EELK_Tartu_Peetri_kogudus_(kirikutahed), lk 149
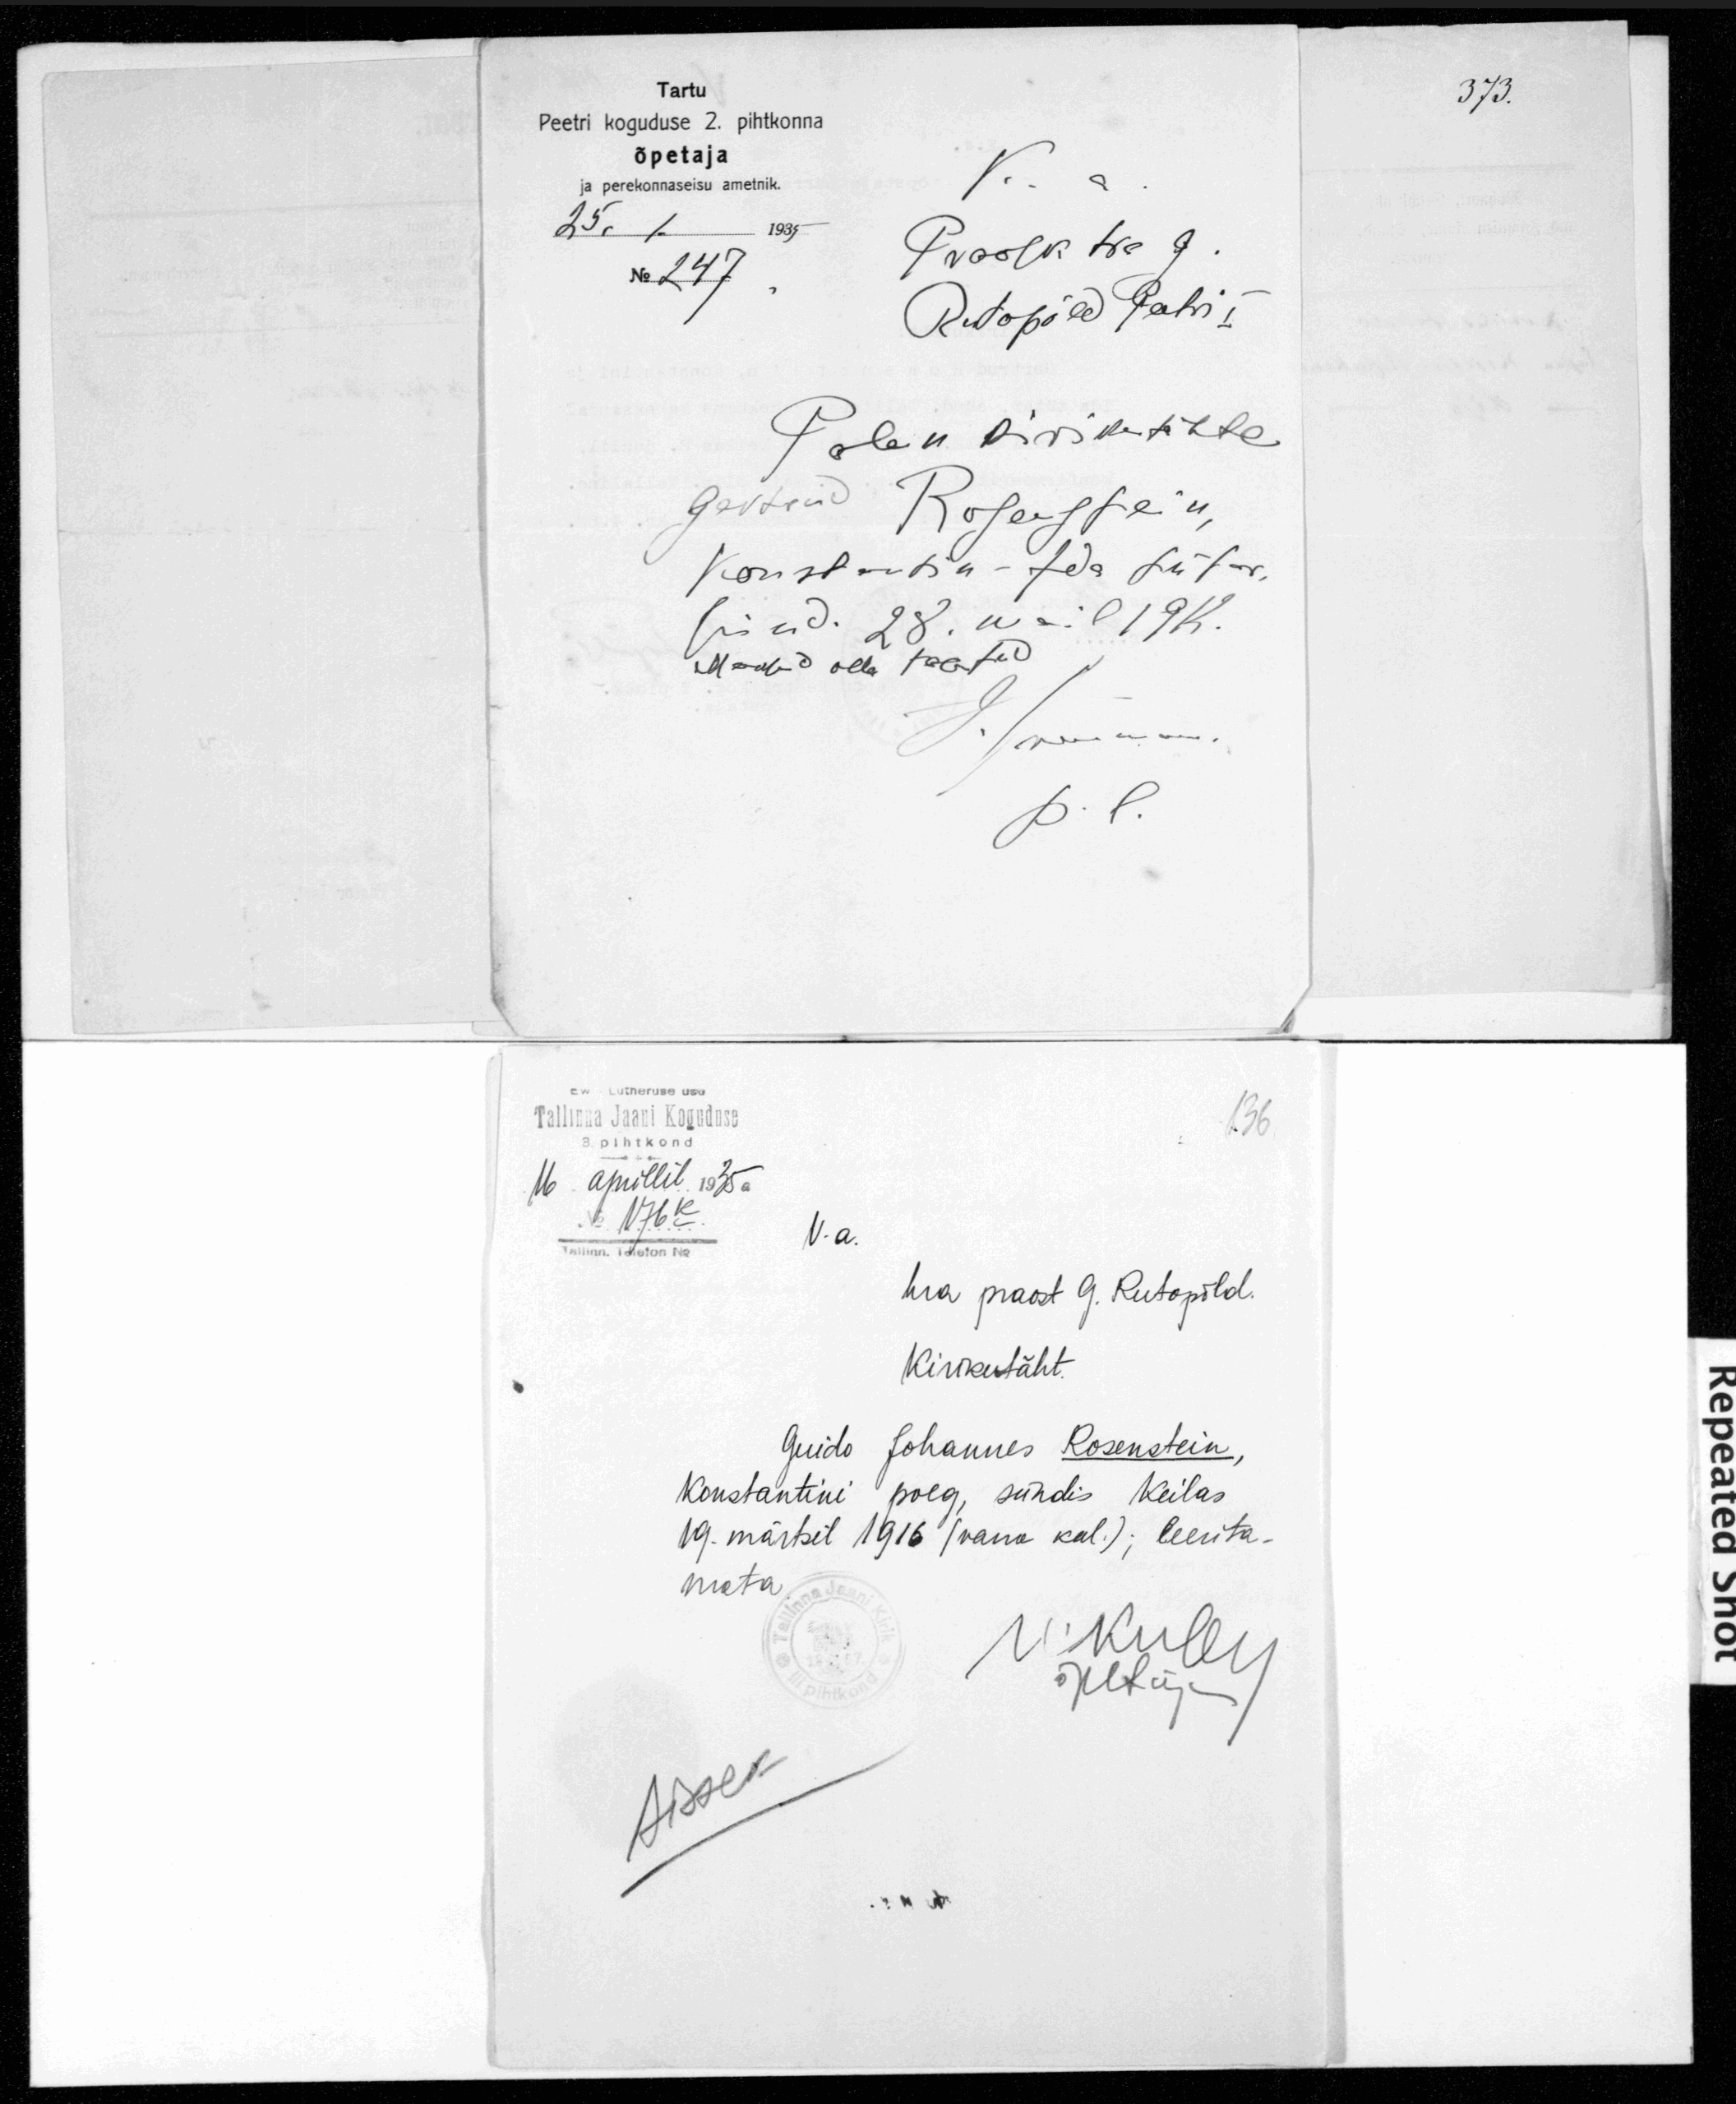
Tartu
Peetri koguduse 2. pihtkonna
õpetaja
ja perekonnaseisu ametnik.
25. 1. 1935
N 247
Rutopõld Peetri I
Palun kirikutähte
Gertrud Rosenstein,
Konstantin-Ida tütar
sünd. 28. mai 1912.
Maksud olla tehtud
Ew Lutheruse usu 
Tallinna Jaani Koguduse
136
3. pihtkond
16 aprillil 1935a
V.a.
Tallinn. Telefon No:
hra praost G. Rutopõld.
Kirikutäht.
Guido Johannes Rosenstein,
Konstantini poeg, sündis Keilas
19. märtsil 1916 (vana kal.); leerita-
mata.